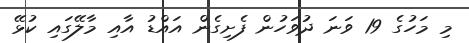
މި މަހުގެ 19 ވަނަ ދުވަހުން ފެށިގެން އައްޑު އާއި މާލޭގައި ކުޅޭ